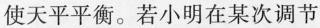
使天平平衡。若小明在某次调节